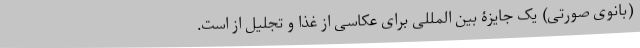
(بانوی صورتی) یک جایزۀ بین المللی برای عکاسی از غذا و تجلیل از است.